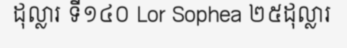
ដុល្លារ ទី១៤០ Lor Sophea ២៥ដុល្លារ